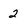
Character: 2